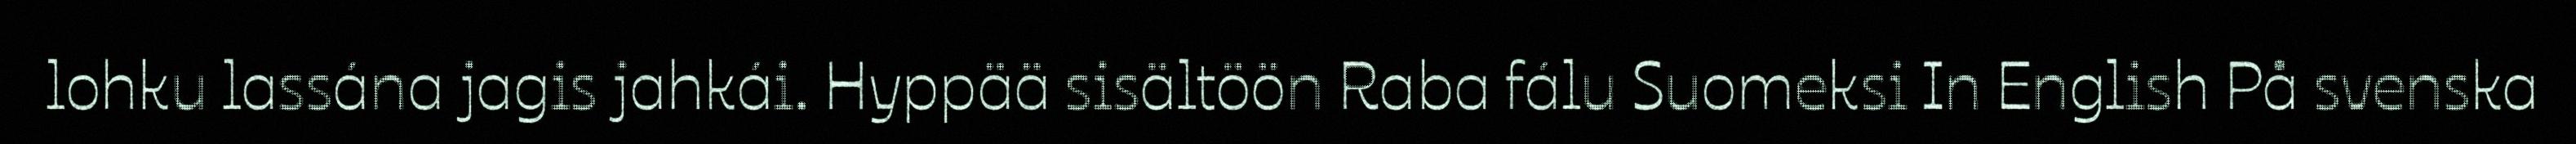
lohku lassána jagis jahkái. Hyppää sisältöön Raba fálu Suomeksi In English På svenska